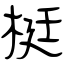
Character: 梃